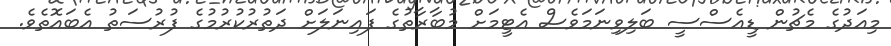
މިއަދުގެ މެޗުން ޑީއެސްސީ ބަލިވިނަމަވެސް އެޓީމަށް މުބާރާތުގެ ފައިނަލަށް ދަތުރުކުރުމުގެ ފުރުސަތު އެބައޮތެވެ.